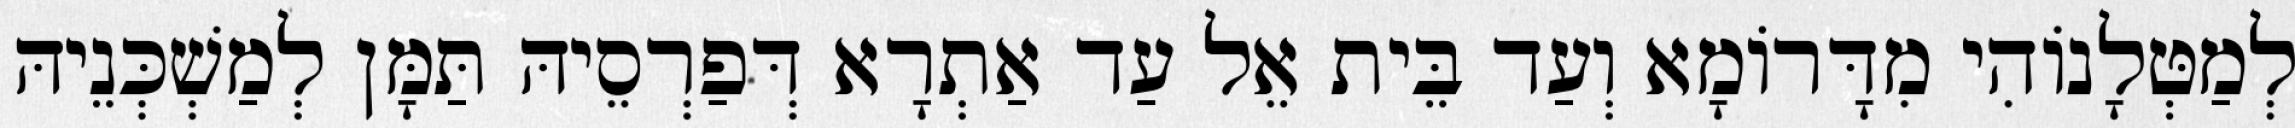
לְמַטְּלָנוֹהִי מִדָּרוֹמָא וְעַד בֵּית אֵל עַד אַתְרָא דְּפַרְסֵיהּ תַּמָּן לְמַשְׁכְּנֵיהּ